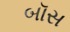
બૉસ